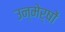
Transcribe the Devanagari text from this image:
उन्मेर्षों